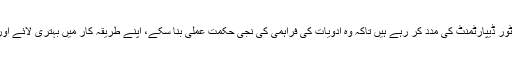
اپنی سپلائی چین کی مہارت سے فائدہ اٹھا کر ہم تنزانیہ کے میڈیکل سٹور ڈیپارٹمنٹ کی مدد کر رہے ہیں تاکہ وہ ادویات کی فراہمی کی نجی حکمت عملی بنا سکے، اپنے طریقہ کار میں بہتری لائے اور پچاس سے زائد میڈیکل سٹورز کے عملے کو تربیت فراہم کر سکے۔